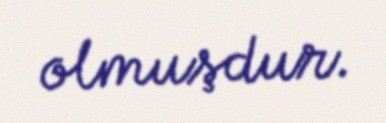
olmuşdur.